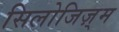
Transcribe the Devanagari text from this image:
सिलोजिज़्म